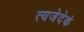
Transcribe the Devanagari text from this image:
त्यजेदेकं